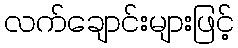
လက်ချောင်းများဖြင့်